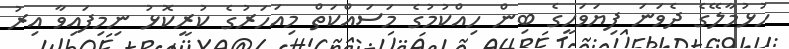
ހުޅުމާލޭގެ ދެވަނަ ފިޔަވަހީގެ ބިން ހިއްކުމުގެ މަސައްކަތް މިއަހަރުގެ ކުރީކޮޅު ނިމިފައިވާ އިރު